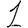
Digit: 1